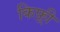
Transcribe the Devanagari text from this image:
किफ़्री